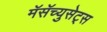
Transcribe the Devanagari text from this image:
मॅसॅच्युसेट्‌स